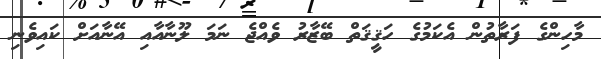
މާހިންގެ ފަރާތުން އެކަމުގެ ހަޤީޤަތް ބޭޒާރު ވެއްޖެ ނަމަ ލޫނާއާއި އޭނާއަށް ކައިވެނި